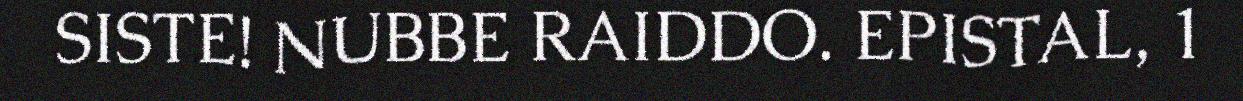
SISTE! NUBBE RAIDDO. EPISTAL, 1